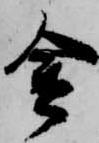
金